Sanitation, dispensaries and jails vaccination Rajputana 1922-1927 - 1922-1927
Year: 1922
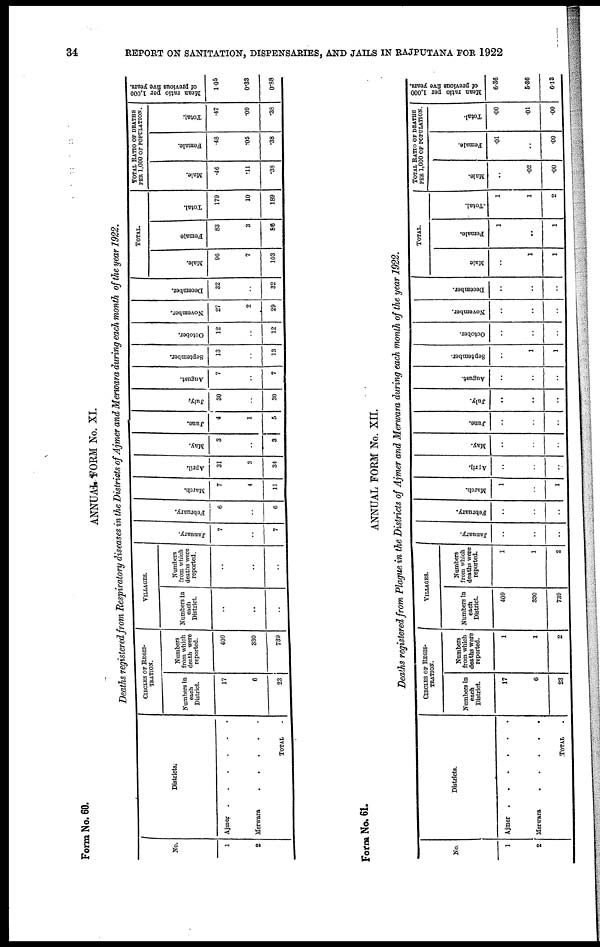
34
REPORT ON SANITATION, DISPENSARIES, AND JAILS IN RAJPUTANA FOR 1922
Form No. 60.
ANNUAL FORM No. XI.
Deaths registered from Respiratory diseases in the Districts of Ajmer and Merwara during each month of the year 1922.
No.
1
2
Districts
Ajmer . . . . . .
Merwara . . . . . .
TOTAL .
CIRCLES OF REGIS-
-------.
Numbers in
each
District.
17
6
23
Numbers
from which
death were
reported.
409
330
739
VILLAGES.
Numbers in
each
District.
..
..
..
Numbers
from which
deaths were
reported.
..
..
..
January.
7
..
7
February.
6
..
6
March.
7
4
11
April.
31
3
34
May.
3
..
3
June.
4
1
5
July.
30
..
30
August.
7
..
7
September.
13
..
13
October.
12
..
12
November.
27
2
29
December.
32
..
32
TOTAL.
Male.
96
7
103
Female
83
3
86
Total.
179
10
189
TOTAL RATIO OF DEATHS
PER 1,000 OF POPULATION.
Male.
.46
.11
.38
Female.
.48
.05
.38
Total.
.47
.09
.38
Mean ratio per 1,000
of previous five years.
1.05
0.33
0.88
Form No. 61.
ANNUAL FORM No. XII.
Deaths registered from Plague in the Districts of Ajmer and Merwara during each month of the year 1922.
No.
1
2
Districts.
Ajmer . . . . . .
Merwara
.
.
.
.
.
.
TOTAL . . . . .
CIRCLES OF REGIS-
-RATION.
Numbers in
each
District.
17
6
23
Numbers
from which
deaths were
reported.
1
1
2
VILLAGES.
Numbers in
each
District.
409
330
739
Numbers
from which
deaths were
reported.
1
1
2
January.
..
..
..
February.
..
..
..
March.
1
..
1
April.
..
..
..
May.
..
..
..
June.
..
..
..
July.
..
..
..
August.
..
..
..
September.
..
1
1
October.
..
..
..
November.
..
..
..
December.
..
..
..
TOTAL.
Male
..
1
1
Female.
1
..
1
Total.
1
1
2
TOTAL RATIO OF DEATHS
PER 1,000 OF POPULATION.
Male.
..
.02
.00
Female.
.01
..
.00
Total.
.00
.01
.00
Mean ratio per 1,000
of previous five years.
6.36
5.36
6.13